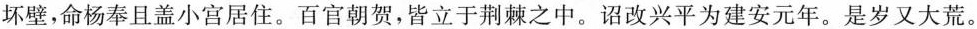
坏壁，命杨奉且盖小宫居住。百官朝贺，皆立于荆棘之中。诏改兴平为建安元年。是岁又大荒。